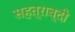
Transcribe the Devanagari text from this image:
सहत्राब्दी